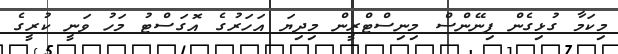
މިކަމާ ގުޅިގެން ފިނޭންސް މިނިސްޓްރީން މިދިޔަ އަހަރުގެ އޮގަސްޓު މަހު ވަނީ ކުރީގެ